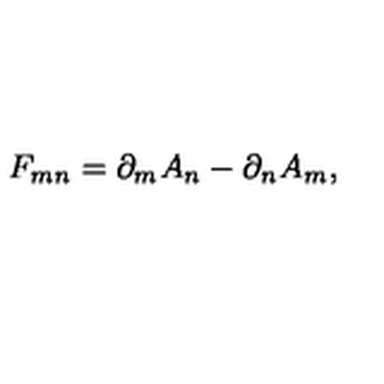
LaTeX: F _ { m n } = \partial _ { m } A _ { n } - \partial _ { n } A _ { m } ,